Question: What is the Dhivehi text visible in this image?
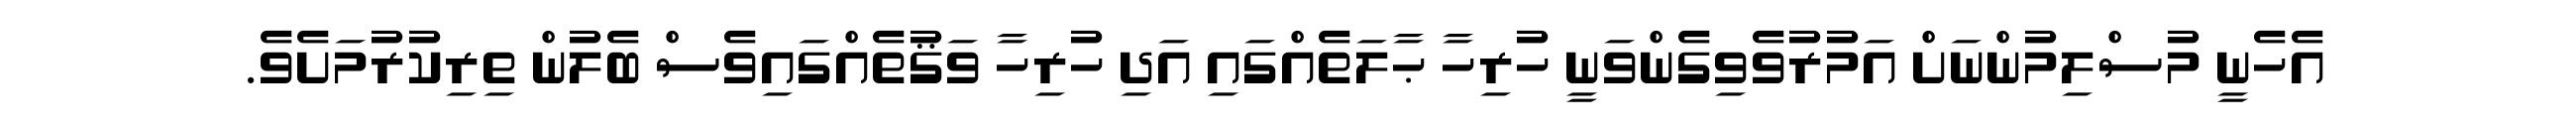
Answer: އެހެނީ މުސްލިމުންނަށް އަމުރުވެވިގެންވަނީ ހުރިހާ ޙާލަތެއްގައި އަދި ހުރިހާ ވަޤުތެއްގައިވެސް ބެލުން ތިރިކުރުމަށެވެ.